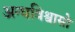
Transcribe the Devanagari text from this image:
अन्धविश्वासो